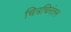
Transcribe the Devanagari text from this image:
चित्रचिरंतन